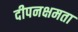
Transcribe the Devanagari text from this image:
दीपनक्षमता